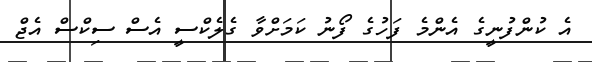
އެ ކުންފުނީގެ އެންމެ ފަހުގެ ފޯނު ކަމަށްވާ ގެލެކްސީ އެސް ސިކްސް އެޖް